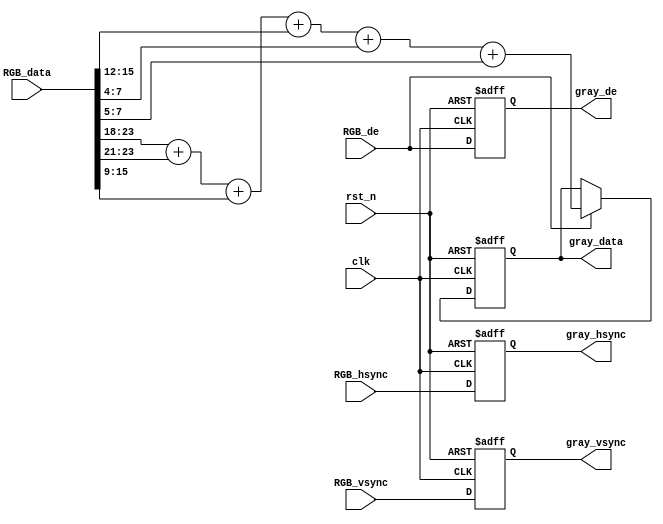
module RGB2Gray
(
    input   wire                clk             , 
    input   wire                rst_n           , 

    input   wire                RGB_hsync       ,   //RGB
    input   wire                RGB_vsync       ,   //RGB
    input   wire    [23:0]      RGB_data        ,   //RGB
    input   wire                RGB_de          ,   //RGB

    output  reg                 gray_hsync      ,   //
    output  reg                 gray_vsync      ,   //
    output  reg     [7:0]       gray_data       ,   //
    output  reg                 gray_de             //
);

    wire    [7:0]       R   ;
    wire    [7:0]       G   ;
    wire    [7:0]       B   ;

assign R    =   RGB_data[23:16];
assign G    =   RGB_data[15:8 ];
assign B    =   RGB_data[ 7:0 ];

//*************************************************//
// 

//assign gray_hsync   =   RGB_hsync;
//assign gray_vsync   =   RGB_vsync;
//assign gray_de      =   RGB_de;

//  R
//assign gray_data = {RGB_data[23:16],RGB_data[23:16],RGB_data[23:16]};

//  G
//assign gray_data = {RGB_data[15:8],RGB_data[15:8],RGB_data[15:8]};

//  B
//assign gray_data = {RGB_data[7:0],RGB_data[7:0],RGB_data[7:0]};
//*************************************************//

//*************************************************//
// Gray = 0.299*Red + 0.587*Green + 0.144*Blue 
// Gray = (0.25 + 0.03125)*Red + (0.5 + 0.0625)*Green + (0.0625 + 0.03125)*Blue
// Gray = 0.28125*Red + 0.5625*Green + 0.09375*Blue
always @(posedge clk or negedge rst_n) begin
    if(!rst_n)
        gray_data <= 0;
    else if(RGB_de == 1'b1)
        gray_data <= (R >> 2) + (R >> 5) + 
                     (G >> 1) + (G >> 4) + 
                     (B >> 4) + (B >> 5);
end
// 
always @(posedge clk or negedge rst_n) begin
    if(!rst_n) begin
        gray_hsync <= 1'b0;
        gray_vsync <= 1'b0;
        gray_de    <= 1'b0;
    end
    else begin
        gray_hsync <= RGB_hsync;
        gray_vsync <= RGB_vsync;
        gray_de    <= RGB_de   ;
    end
end
//*************************************************//

endmodule